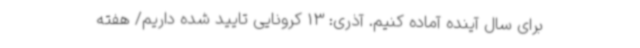
برای سال آینده آماده کنیم. آذری: 13 کرونایی تایید شده داریم/ هفته